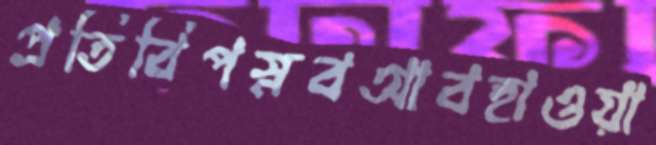
প্রতিবিপস্নবআবহাওয়া